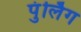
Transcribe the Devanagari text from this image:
पुंर्लिग